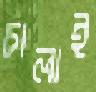
চালাই